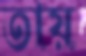
তায়